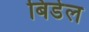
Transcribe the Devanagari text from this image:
बिडेल